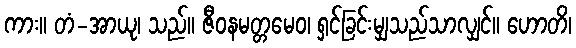
ကား။ တံ-အာယု၊ သည်။ ဇီဝနမတ္တမေဝ၊ ရှင်ခြင်းမျှသည်သာလျှင်။ ဟောတိ၊